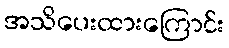
အသိပေးထားကြောင်း